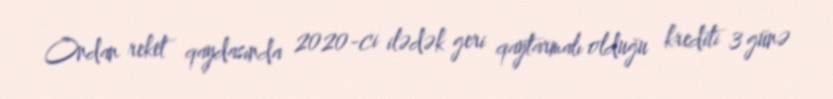
Ondan reket qaydasında 2020-ci ilədək geri qaytarmalı olduğu krediti 3 günə